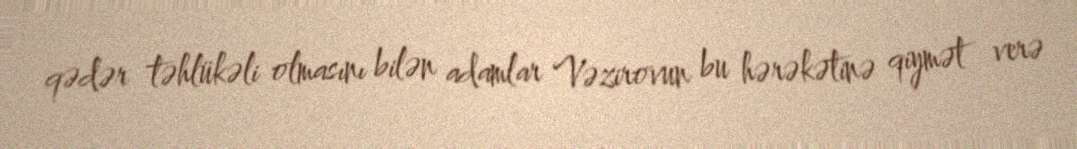
qədər təhlükəli olmasını bilən adamlar Vəzirovun bu hərəkətinə qiymət verə